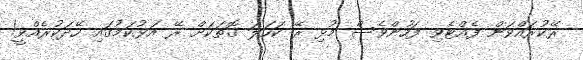
ރޭކުރައްވަން ފެއްޓެވި ފަހުންވެސް މުޅި ރޭ ކަހަލަ ގޮތަކަށް ރޭ އަޅުކަމުގައި ހޭދަކުރެއްވީ!